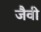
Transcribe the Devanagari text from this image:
जैवी